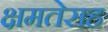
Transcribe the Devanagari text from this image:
क्षमतेसह